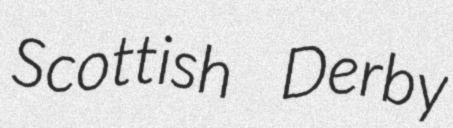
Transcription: Scottish Derby